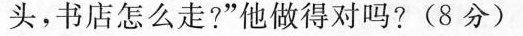
头，书店怎么走?”他做得对吗? (8分)